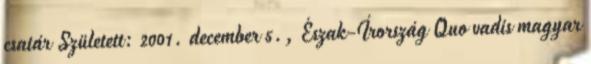
csatár Született: 2001. december 5., Észak-Írország Quo vadis magyar